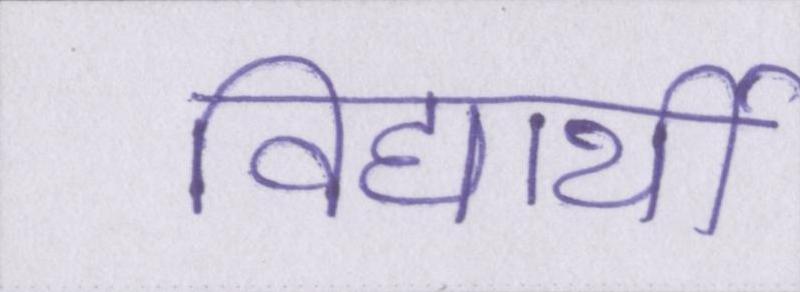
विद्यार्थी